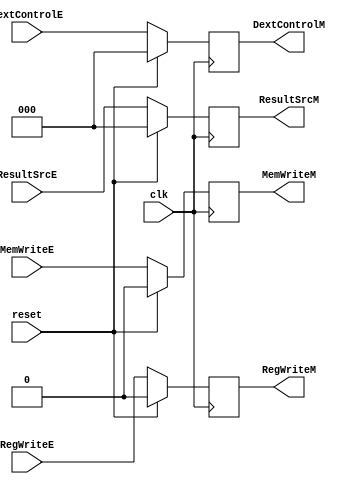
module MemoryStageCU(
        clk,
        reset,
        RegWriteE,
        ResultSrcE,
        DextControlE,
        MemWriteE,
        RegWriteM,
        ResultSrcM,
        DextControlM,
        MemWriteM
    );
    
    input wire clk;
    input wire reset;
	input wire RegWriteE;
	input wire [2:0] ResultSrcE;
	input wire [2:0] DextControlE;
	input wire MemWriteE;
	
	output reg RegWriteM;
	output reg [2:0] ResultSrcM;
	output reg [2:0] DextControlM;
	output reg MemWriteM;
    
    always @ (posedge clk) begin //EXECUTE -> MEMORY
       if(reset) begin
           RegWriteM <= 1'b0;
           ResultSrcM <= 3'b000;
           DextControlM <= 3'b000;
           MemWriteM <= 1'b0;
       end else begin
           RegWriteM <= RegWriteE;
           ResultSrcM <= ResultSrcE;
           DextControlM <= DextControlE;
           MemWriteM <= MemWriteE;
        end   
	end
	
endmodule